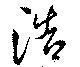
浩